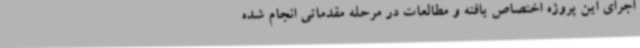
اجرای این پروژه اختصاص یافته و مطالعات در مرحله مقدماتی انجام شده